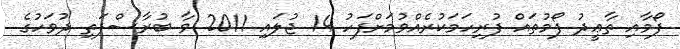
ފޯމާއި ތާޢީދު ފޯމުތައް ފުރިހަމަކުރެއްވުމަށްފަހު 14 ޖުލައި 2011 ވާ ބުރާސްފަތި ދުވަހުގެ